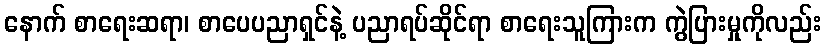
နောက် စာရေးဆရာ၊ စာပေပညာရှင်နဲ့ ပညာရပ်ဆိုင်ရာ စာရေးသူကြားက ကွဲပြားမှုကိုလည်း